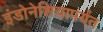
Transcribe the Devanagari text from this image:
इंडोनेशियापर्यंत